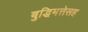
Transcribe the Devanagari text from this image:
बुद्धिमत्तेसह